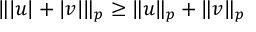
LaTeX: \| | u | + | v | \| _ { p } \geq \| u \| _ { p } + \| v \| _ { p }